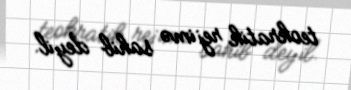
teokratik rejimə sahib deyil.